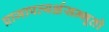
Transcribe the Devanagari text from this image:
प्राजापत्यर्क्षसम्भूतो